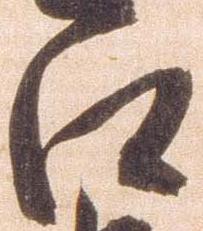
江